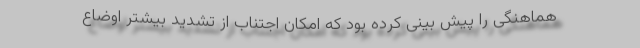
هماهنگی را پیش بینی کرده بود که امکان اجتناب از تشدید بیشتر اوضاع